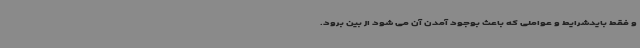
و فقط بایدشرایط و عواملی که باعث بوجود آمدن آن می شود از بین برود.